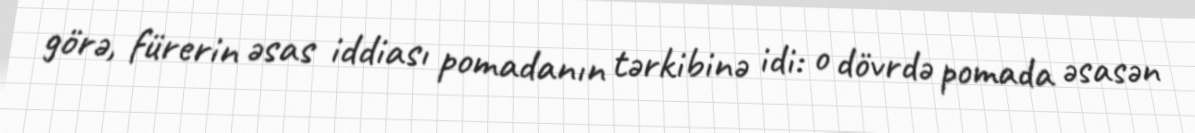
görə, fürerin əsas iddiası pomadanın tərkibinə idi: o dövrdə pomada əsasən